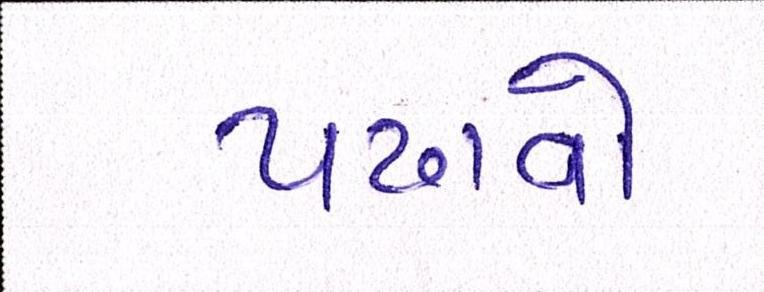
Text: પઢાવો